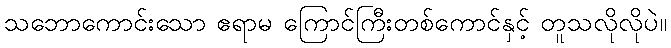
သဘောကောင်းသော ဧရာမ ကြောင်ကြီးတစ်ကောင်နှင့် တူသလိုလိုပဲ။